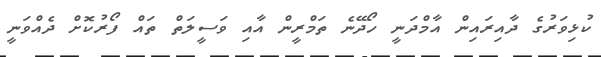
ކުޅިވަރުގެ ދާއިރައިން އާމްދަނީ ހޯދޭނެ ތަމްރީން އާއި ވަސީލަތް ތައް ފޯރުކޮށް ދެއްވަނީ